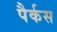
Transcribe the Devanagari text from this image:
पैर्कस